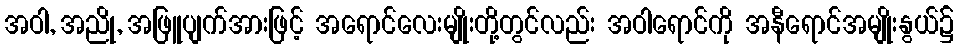
အဝါ, အညို, အဖြူပျက်အားဖြင့် အရောင်လေးမျိုးတို့တွင်လည်း အဝါရောင်ကို အနီရောင်အမျိုးနွယ်၌